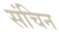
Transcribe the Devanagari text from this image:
संचिन